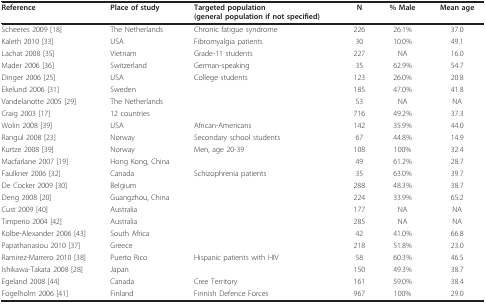
| Reference | Place of study | Targeted population(general population if not specified) | N | % Male | Mean age |
 | --- | --- | --- | --- | --- | --- |
 | Scheeres 2009 [18] | The Netherlands | Chronic fatigue syndrome | 226 | 26.1% | 37.0 |
 | Kaleth 2010 [33] | USA | Fibromyalgia patients | 30 | 10.0% | 49.1 |
 | Lachat 2008 [35] | Vietnam | Grade-11 students | 227 | NA | 16.0 |
 | Mader 2006 [36] | Switzerland | German-speaking | 35 | 62.9% | 54.7 |
 | Dinger 2006 [25] | USA | College students | 123 | 26.0% | 20.8 |
 | Ekelund 2006 [31] | Sweden |  | 185 | 47.0% | 41.8 |
 | Vandelanotte 2005 [29] | The Netherlands |  | 53 | NA | NA |
 | Craig 2003 [17] | 12 countries |  | 716 | 49.2% | 37.3 |
 | Wolin 2008 [39] | USA | African-Americans | 142 | 35.9% | 44.0 |
 | Rangul 2008 [23] | Norway | Secondary school students | 67 | 44.8% | 14.9 |
 | Kurtze 2008 [39] | Norway | Men, age 20-39 | 108 | 100% | 32.4 |
 | Macfarlane 2007 [19] | Hong Kong, China |  | 49 | 61.2% | 28.7 |
 | Faulkner 2006 [32] | Canada | Schizophrenia patients | 35 | 63.0% | 39.7 |
 | De Cocker 2009 [30] | Belgium |  | 288 | 48.3% | 38.7 |
 | Deng 2008 [20] | Guangzhou, China |  | 224 | 33.9% | 65.2 |
 | Cust 2009 [40] | Australia |  | 177 | NA | NA |
 | Timperio 2004 [42] | Australia |  | 285 | NA | NA |
 | Kolbe-Alexander 2006 [43] | South Africa |  | 42 | 41.0% | 66.8 |
 | Papathanasiou 2010 [37] | Greece |  | 218 | 51.8% | 23.0 |
 | Ramirez-Marrero 2010 [38] | Puerto Rico | Hispanic patients with HIV | 58 | 60.3% | 46.5 |
 | Ishikawa-Takata 2008 [28] | Japan |  | 150 | 49.3% | 38.7 |
 | Egeland 2008 [44] | Canada | Cree Territory | 161 | 59.0% | 38.4 |
 | Fogelholm 2006 [41] | Finland | Finnish Defence Forces | 967 | 100% | 29.0 |